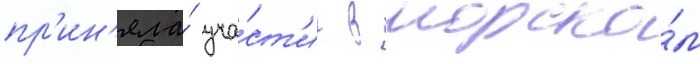
пр'ин'яла́ уча́ст'ие в морско́м